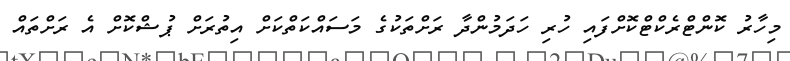
މިހާރު ކޮންޓްރެކްޓްކޮށްފައި ހުރި ހަދަމުންދާ ރަށްތަކުގެ މަސައްކަތްކަށް އިތުރަށް ޕުޝްކޮށް އެ ރަށްތައް